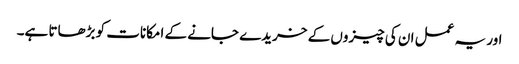
اور یہ عمل ان کی چیزوں کے خریدے جانے کے امکانات کو بڑھاتا ہے۔